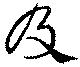
及